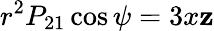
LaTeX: r^{2}P_{21}\cos\psi=3x\mathbf{z}